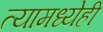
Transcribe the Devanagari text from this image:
त्यामध्येही